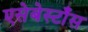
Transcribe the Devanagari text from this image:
एसेबेस्टाँस